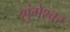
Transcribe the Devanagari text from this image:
शुंगेश्वर